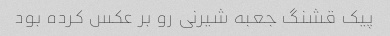
پیک قشنگ جعبه شیرنی رو بر عکس کرده بود